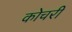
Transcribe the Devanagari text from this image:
कोचरी